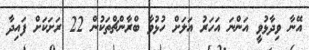
އޭނާ ވިދާޅުވީ އަންނަ އަހަރު އަލަށް ހުޅުވާ ބްރާންޗްތަކުން 22 ރަށަކަށް ފައިދާ